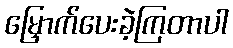
မြှောက်ပေးခဲ့ကြတာပါ